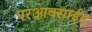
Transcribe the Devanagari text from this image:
परआक्साईड